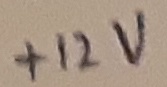
Text: +12V